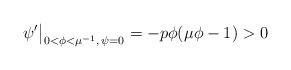
LaTeX: \begin{align*}\left. \psi' \vphantom{\big|}\right|_{0<\phi<\mu^{-1},\, \psi=0} =-p\phi(\mu\phi-1)>0\end{align*}